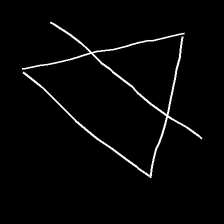
Glyph: empower